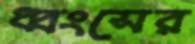
ধ্বংসের